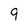
Character: 9